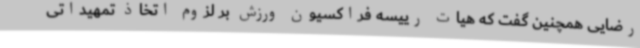
رضایی همچنین گفت که هیات رییسه فراکسیون ورزش بر لزوم اتخاذ تمهیداتی